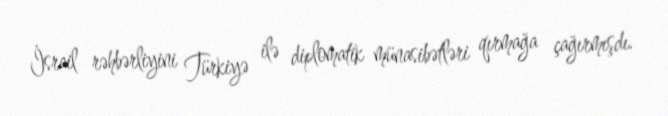
İsrail rəhbərliyini Türkiyə ilə diplomatik münasibətləri qırmağa çağırmışdı.